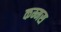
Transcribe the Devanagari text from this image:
कम्मस